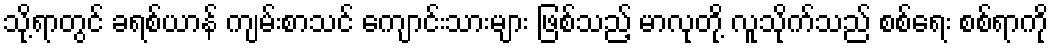
သို့ရာတွင် ခရစ်ယာန် ကျမ်းစာသင် ကျောင်းသားများ ဖြစ်သည့် မာလုတို့ လူသိုက်သည် စစ်ရေး စစ်ရာကို